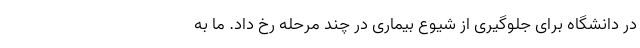
در دانشگاه برای جلوگیری از شیوع بیماری در چند مرحله رخ داد. ما به